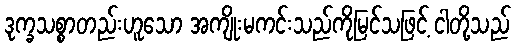
ဒုက္ခသစ္စာတည်းဟူသော အကျိုးမကင်းသည်ကိုမြင်သဖြင့် ငါတို့သည်